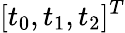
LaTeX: [t_{0},t_{1},t_{2}]^{T}